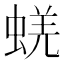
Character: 蜣